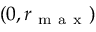
( 0 , r _ { \mathrm { ~ m ~ a ~ x ~ } } )